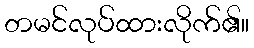
တမင်လုပ်ထားလိုက်၏။